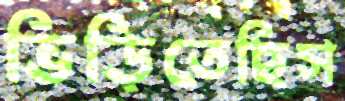
ভিড়িতেছিস